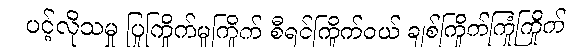
ပင့်လိုသမှု ပြုကြိုက်မူကြိုက် စီရင်ကြိုက်ဝယ် ချစ်ကြိုက်ကြုံကြိုက်